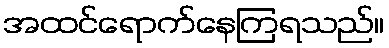
အထင်ရောက်နေကြရသည်။